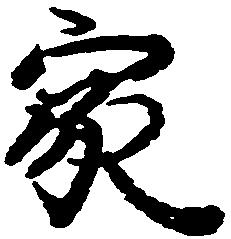
家